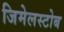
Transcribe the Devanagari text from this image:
जिमेलस्टोब